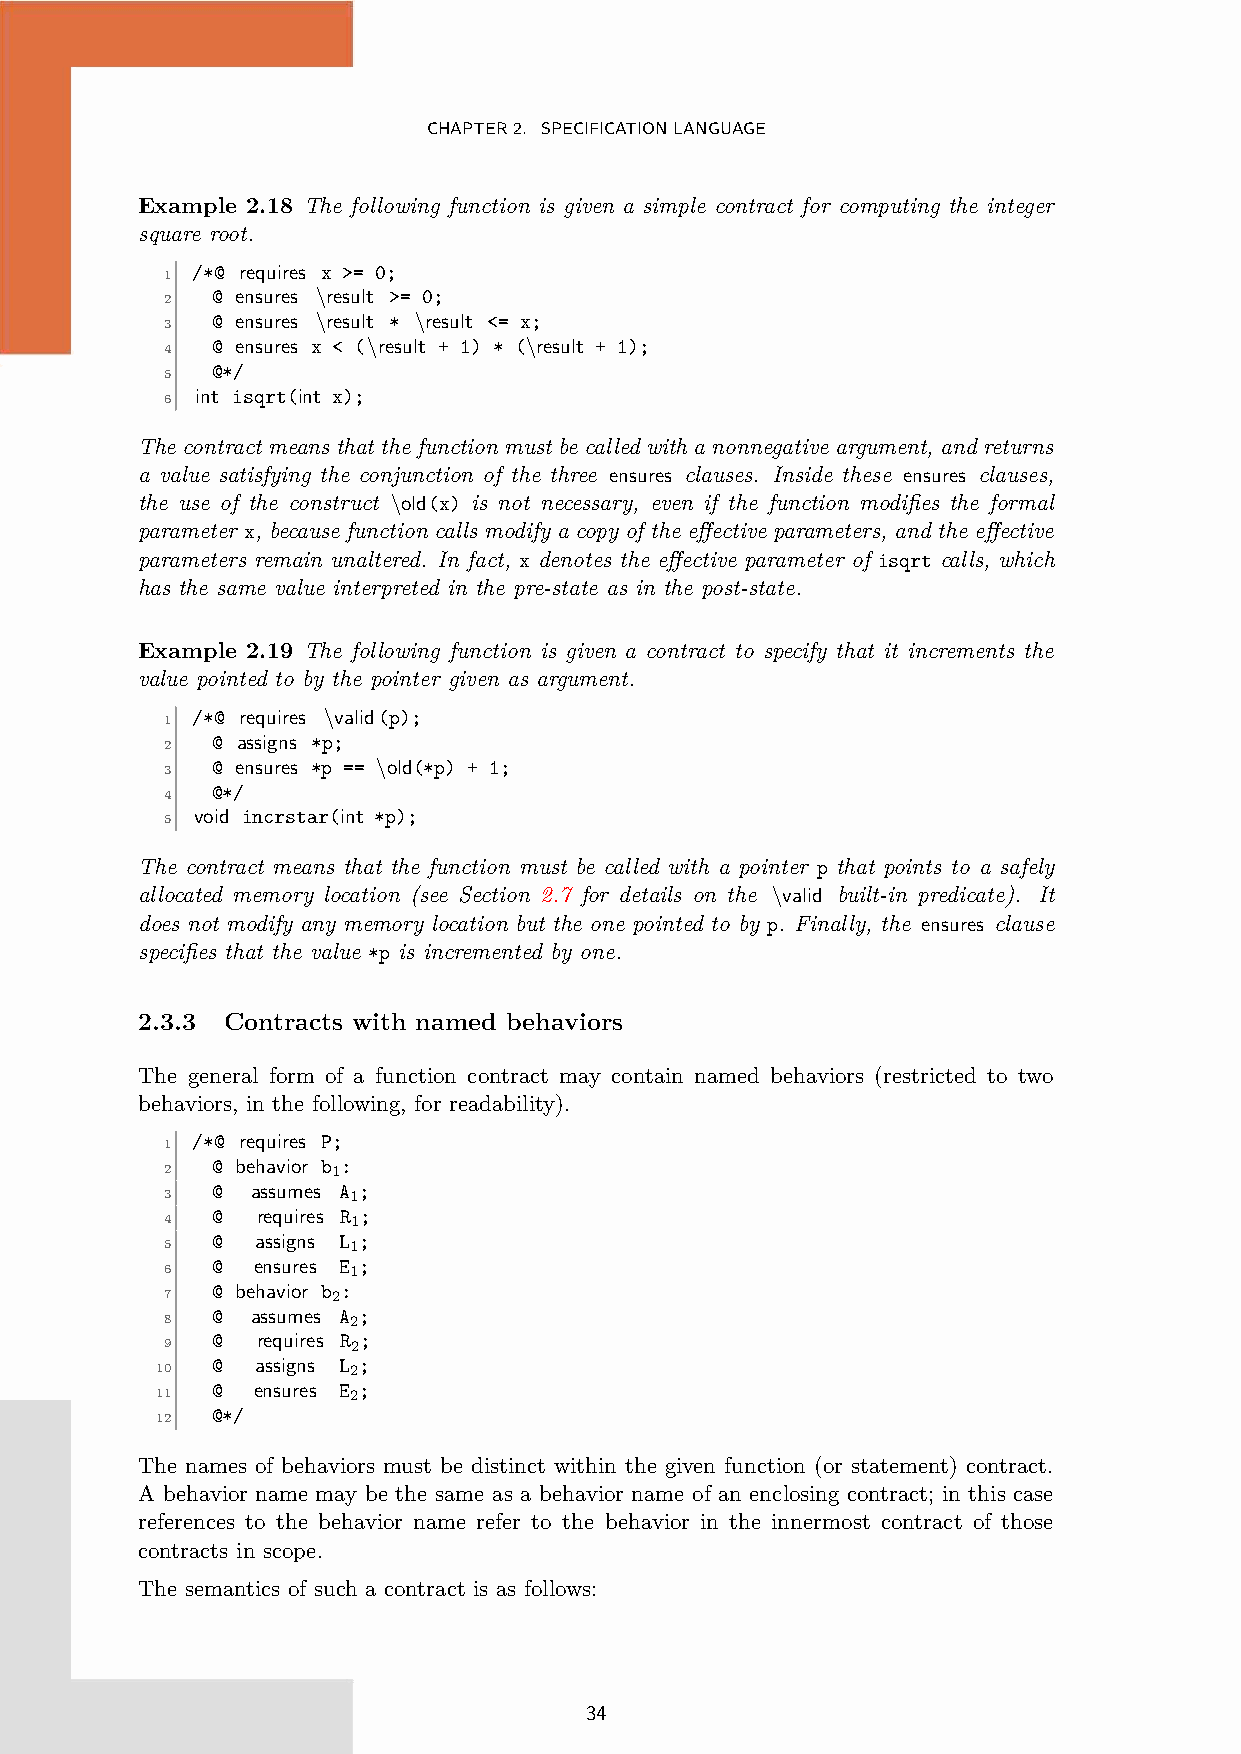
CHAPTER2. SPECIFICATIONLANGUAGE
 Example 2.18 The following function is given a simple contract for computing the integer
 square root.
 /*@ requires x >= 0;
 1
 @ ensures \result >= 0;
 2
 @ ensures \result * \result <= x;
 3
 @ ensures x < (\result + 1) * (\result + 1);
 4
 @*/
 5
 int isqrt(int x);
 6
 The contract means that the function must be called with a nonnegative argument, and returns
 a value satisfying the conjunction of the three ensures clauses. Inside these ensures clauses,
 the use of the construct \old(x) is not necessary, even if the function modifies the formal
 parameter x, because function calls modify a copy of the effective parameters, and the effective
 parameters remain unaltered. In fact, x denotes the effective parameter of isqrt calls, which
 has the same value interpreted in the pre-state as in the post-state.
 Example 2.19 The following function is given a contract to specify that it increments the
 value pointed to by the pointer given as argument.
 /*@ requires \valid(p);
 1
 @ assigns *p;
 2
 @ ensures *p == \old(*p) + 1;
 3
 @*/
 4
 void incrstar(int *p);
 5
 The contract means that the function must be called with a pointer p that points to a safely
 allocated memory location (see Section 2.7 for details on the \valid built-in predicate). It
 does not modify any memory location but the one pointed to by p. Finally, the ensures clause
 specifies that the value *p is incremented by one.
 2.3.3 Contracts with named behaviors
 The general form of a function contract may contain named behaviors (restricted to two
 behaviors, in the following, for readability).
 /*@ requires P;
 1
 @ behavior b :
 2          1
 @  assumes A ;
 3           1
 @  requires R ;
 4           1
 @  assigns L ;
 5           1
 @  ensures E ;
 6           1
 @ behavior b :
 7          2
 @  assumes A ;
 8           2
 @  requires R ;
 9           2
 @  assigns L ;
 10           2
 @  ensures E ;
 11           2
 @*/
 12
 The names of behaviors must be distinct within the given function (or statement) contract.
 A behavior name may be the same as a behavior name of an enclosing contract; in this case
 references to the behavior name refer to the behavior in the innermost contract of those
 contracts in scope.
 The semantics of such a contract is as follows:
 34